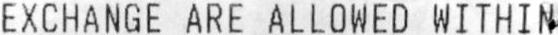
EXCHANGE ARE ALLOWED WITHIN